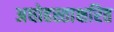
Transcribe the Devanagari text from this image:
अधोहस्ताक्षरित